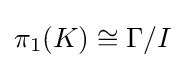
\pi _{1}(K)\cong \Gamma /I